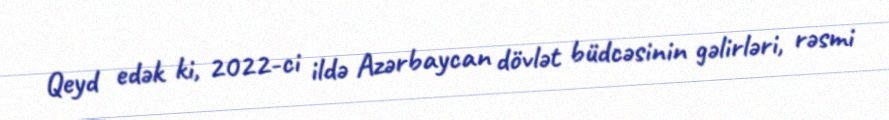
Qeyd edək ki, 2022-ci ildə Azərbaycan dövlət büdcəsinin gəlirləri, rəsmi